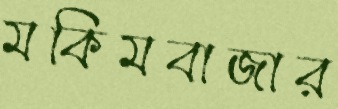
মকিমবাজার